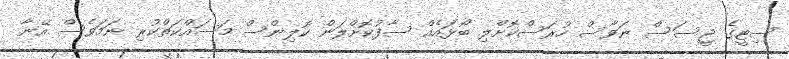
ސިޓީގެ ޖީސަސް ނަވާސް ހުރަސްކޮށްލި ބޯޅައެއް ސާފުކޮށްލަން ކޮލިންސް މަސައްކަތްކުރި ނަމަވެސް އޭނާ